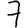
Digit: 7